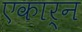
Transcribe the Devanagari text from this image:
एकार्न